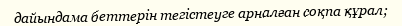
дайындама беттерін тегістеуге арналған соқпа құрал;